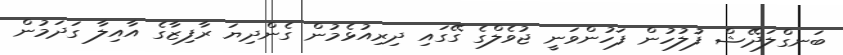
ބަނގްލަދޭޝް ފުލުހުން ފަހުންވަނީ ޖުވެލްގެ ގޭގައި ދިރިއުޅެމުން ގެންދިޔަ ރާފިޒާގެ އާއިލާ ގަދަމުން